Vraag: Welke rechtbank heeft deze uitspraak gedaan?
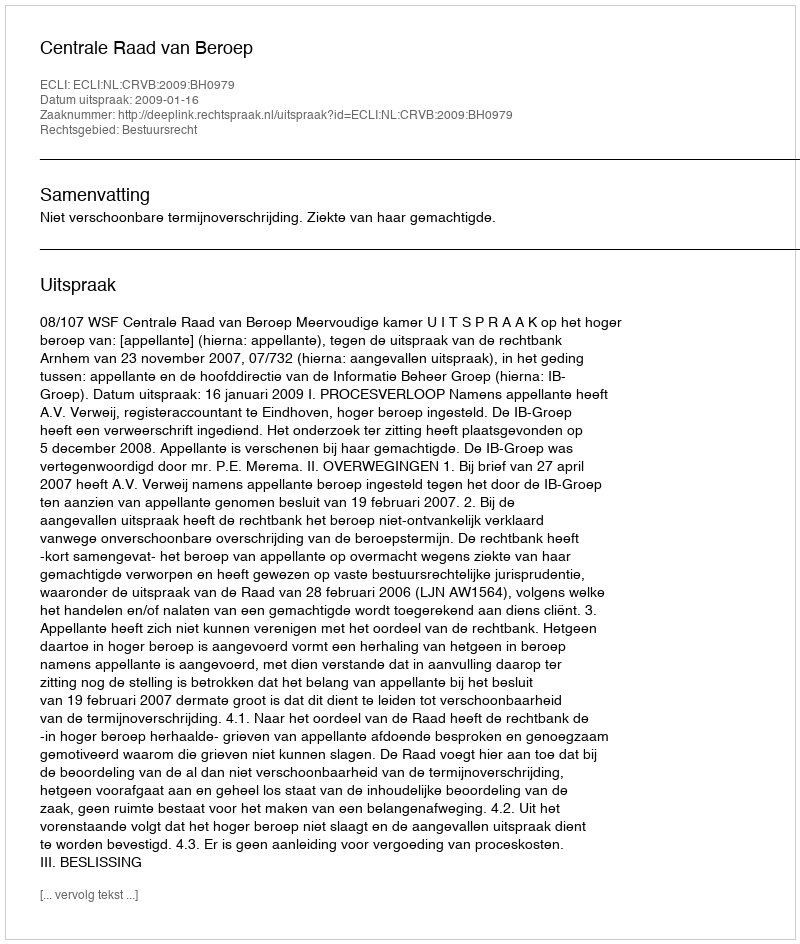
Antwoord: Centrale Raad van Beroep